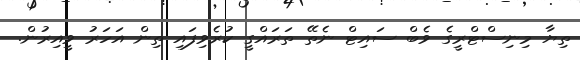
ތިޔާ މިނިސްޓްރީގެ ވެބް ސައިޓް ނެތޭ ތަރައްގީ ކުރެވިފައި ތިން އަހަރު ވީއިރުން.